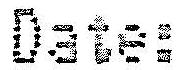
DATE: